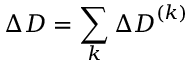
\Delta \boldsymbol { D } = \sum _ { k } \Delta \boldsymbol { D } ^ { ( k ) }